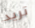
تريد